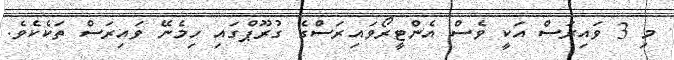
މި 3 ވައިރަސް އަކީ ވެސް އެންޓީރޯވައިރަސްގެ ގުރޫޕްގައި ހިމެނޭ ވައިރަސް ތަކެކެވެ.